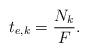
LaTeX: \begin{align*}t_{e,k} = \frac{N_k}{F}.\end{align*}